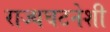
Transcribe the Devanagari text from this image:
राज्यघटनेशी